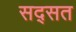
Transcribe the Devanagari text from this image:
सद्सत